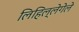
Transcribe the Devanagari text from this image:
लिहिल्लेगेले